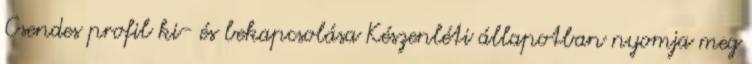
Csendes profil ki- és bekapcsolása Készenléti állapotban nyomja meg